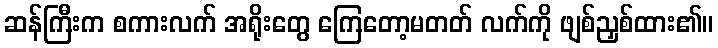
ဆန်ကြီးက စကားလက် အရိုးတွေ ကြေတော့မတတ် လက်ကို ဖျစ်ညှစ်ထား၏။